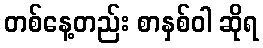
တစ်နေ့တည်း စာနှစ်ဝါ ဆိုရ